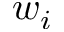
w _ { i }